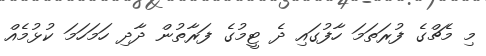
މި މެޗްގެ ފުރަތަމަ ހާފުގައި ދެ ޓީމުގެ ފަރާތުން ދާދި ހަމަހަމަ ކުޅުމެއް